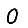
Digit: 0